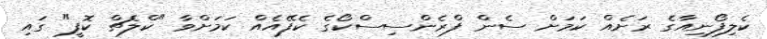
ކެލިފޯނިއާގެ ރަށެއް ކަމަށް ސެން ފްރެންސިސްކޯގެ ކެފޭއެއް ކަމަށްވާ "ކްލެޗް ކޮފީ" ގައި